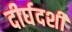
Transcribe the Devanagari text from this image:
दीर्घदर्शी